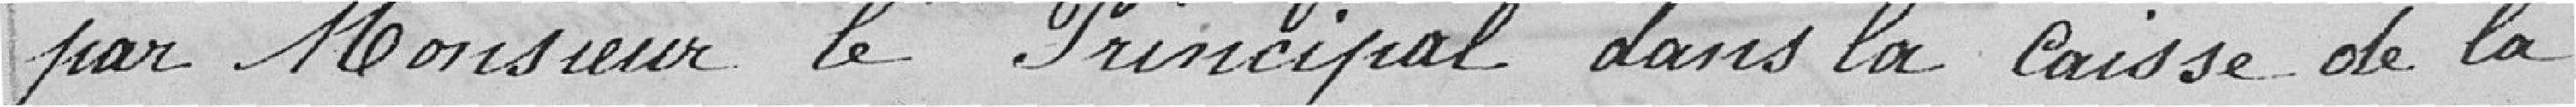
par Monsieur le Principal dans la caisse de la